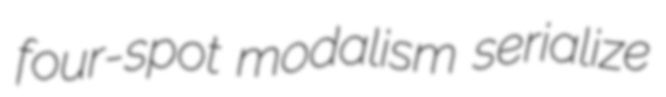
four-spot modalism serialize